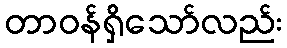
တာဝန်ရှိသော်လည်း